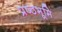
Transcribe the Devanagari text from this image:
प्रष्‍ठभूमि